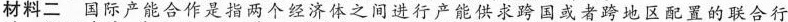
材料二 国际产能合作是指两个经济体之间进行产能供求跨国或者跨地区配置的联合行